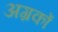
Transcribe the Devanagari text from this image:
अग्रकों